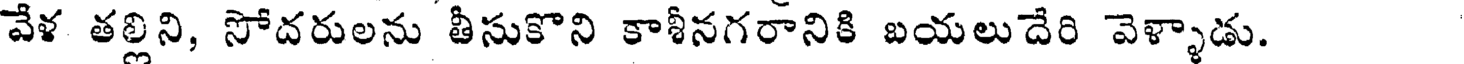
వేళ తల్లిని, సోదరులను తీసుకొని కాశీనగరానికి బయలుదేరి వెళ్ళాడు.